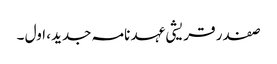
صفدر قریشی عہد نامہ جدید، اول ۔